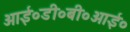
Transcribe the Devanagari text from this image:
आई०डी०बी०आई०